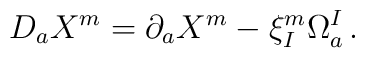
D_aX^m = \partial_a X^m -\xi^m_I\Omega_a^I \, .